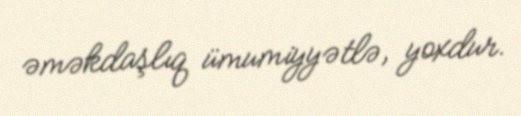
əməkdaşlıq ümumiyyətlə, yoxdur.